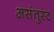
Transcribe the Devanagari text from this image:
असंतुस्ट